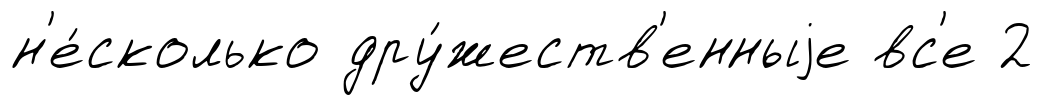
н'е́сколько дру́жеств'енныjе вс'е 2